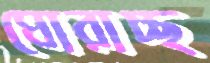
ঘোরাচ্ছ